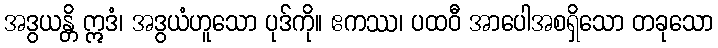
အဒွယန္တိ ဣဒံ၊ အဒွယံဟူသော ပုဒ်ကို။ ဧကဿ၊ ပထဝီ အာပေါအစရှိသော တခုသော